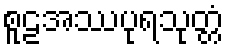
စူဠအဿပုရသုတ္တံ